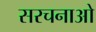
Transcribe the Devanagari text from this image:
सरचनाओ